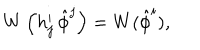
LaTeX: W \left( h _ { j } ^ { i } \, \hat { \phi } ^ { j } \right) = W ( \hat { \phi } ^ { i } ) ,